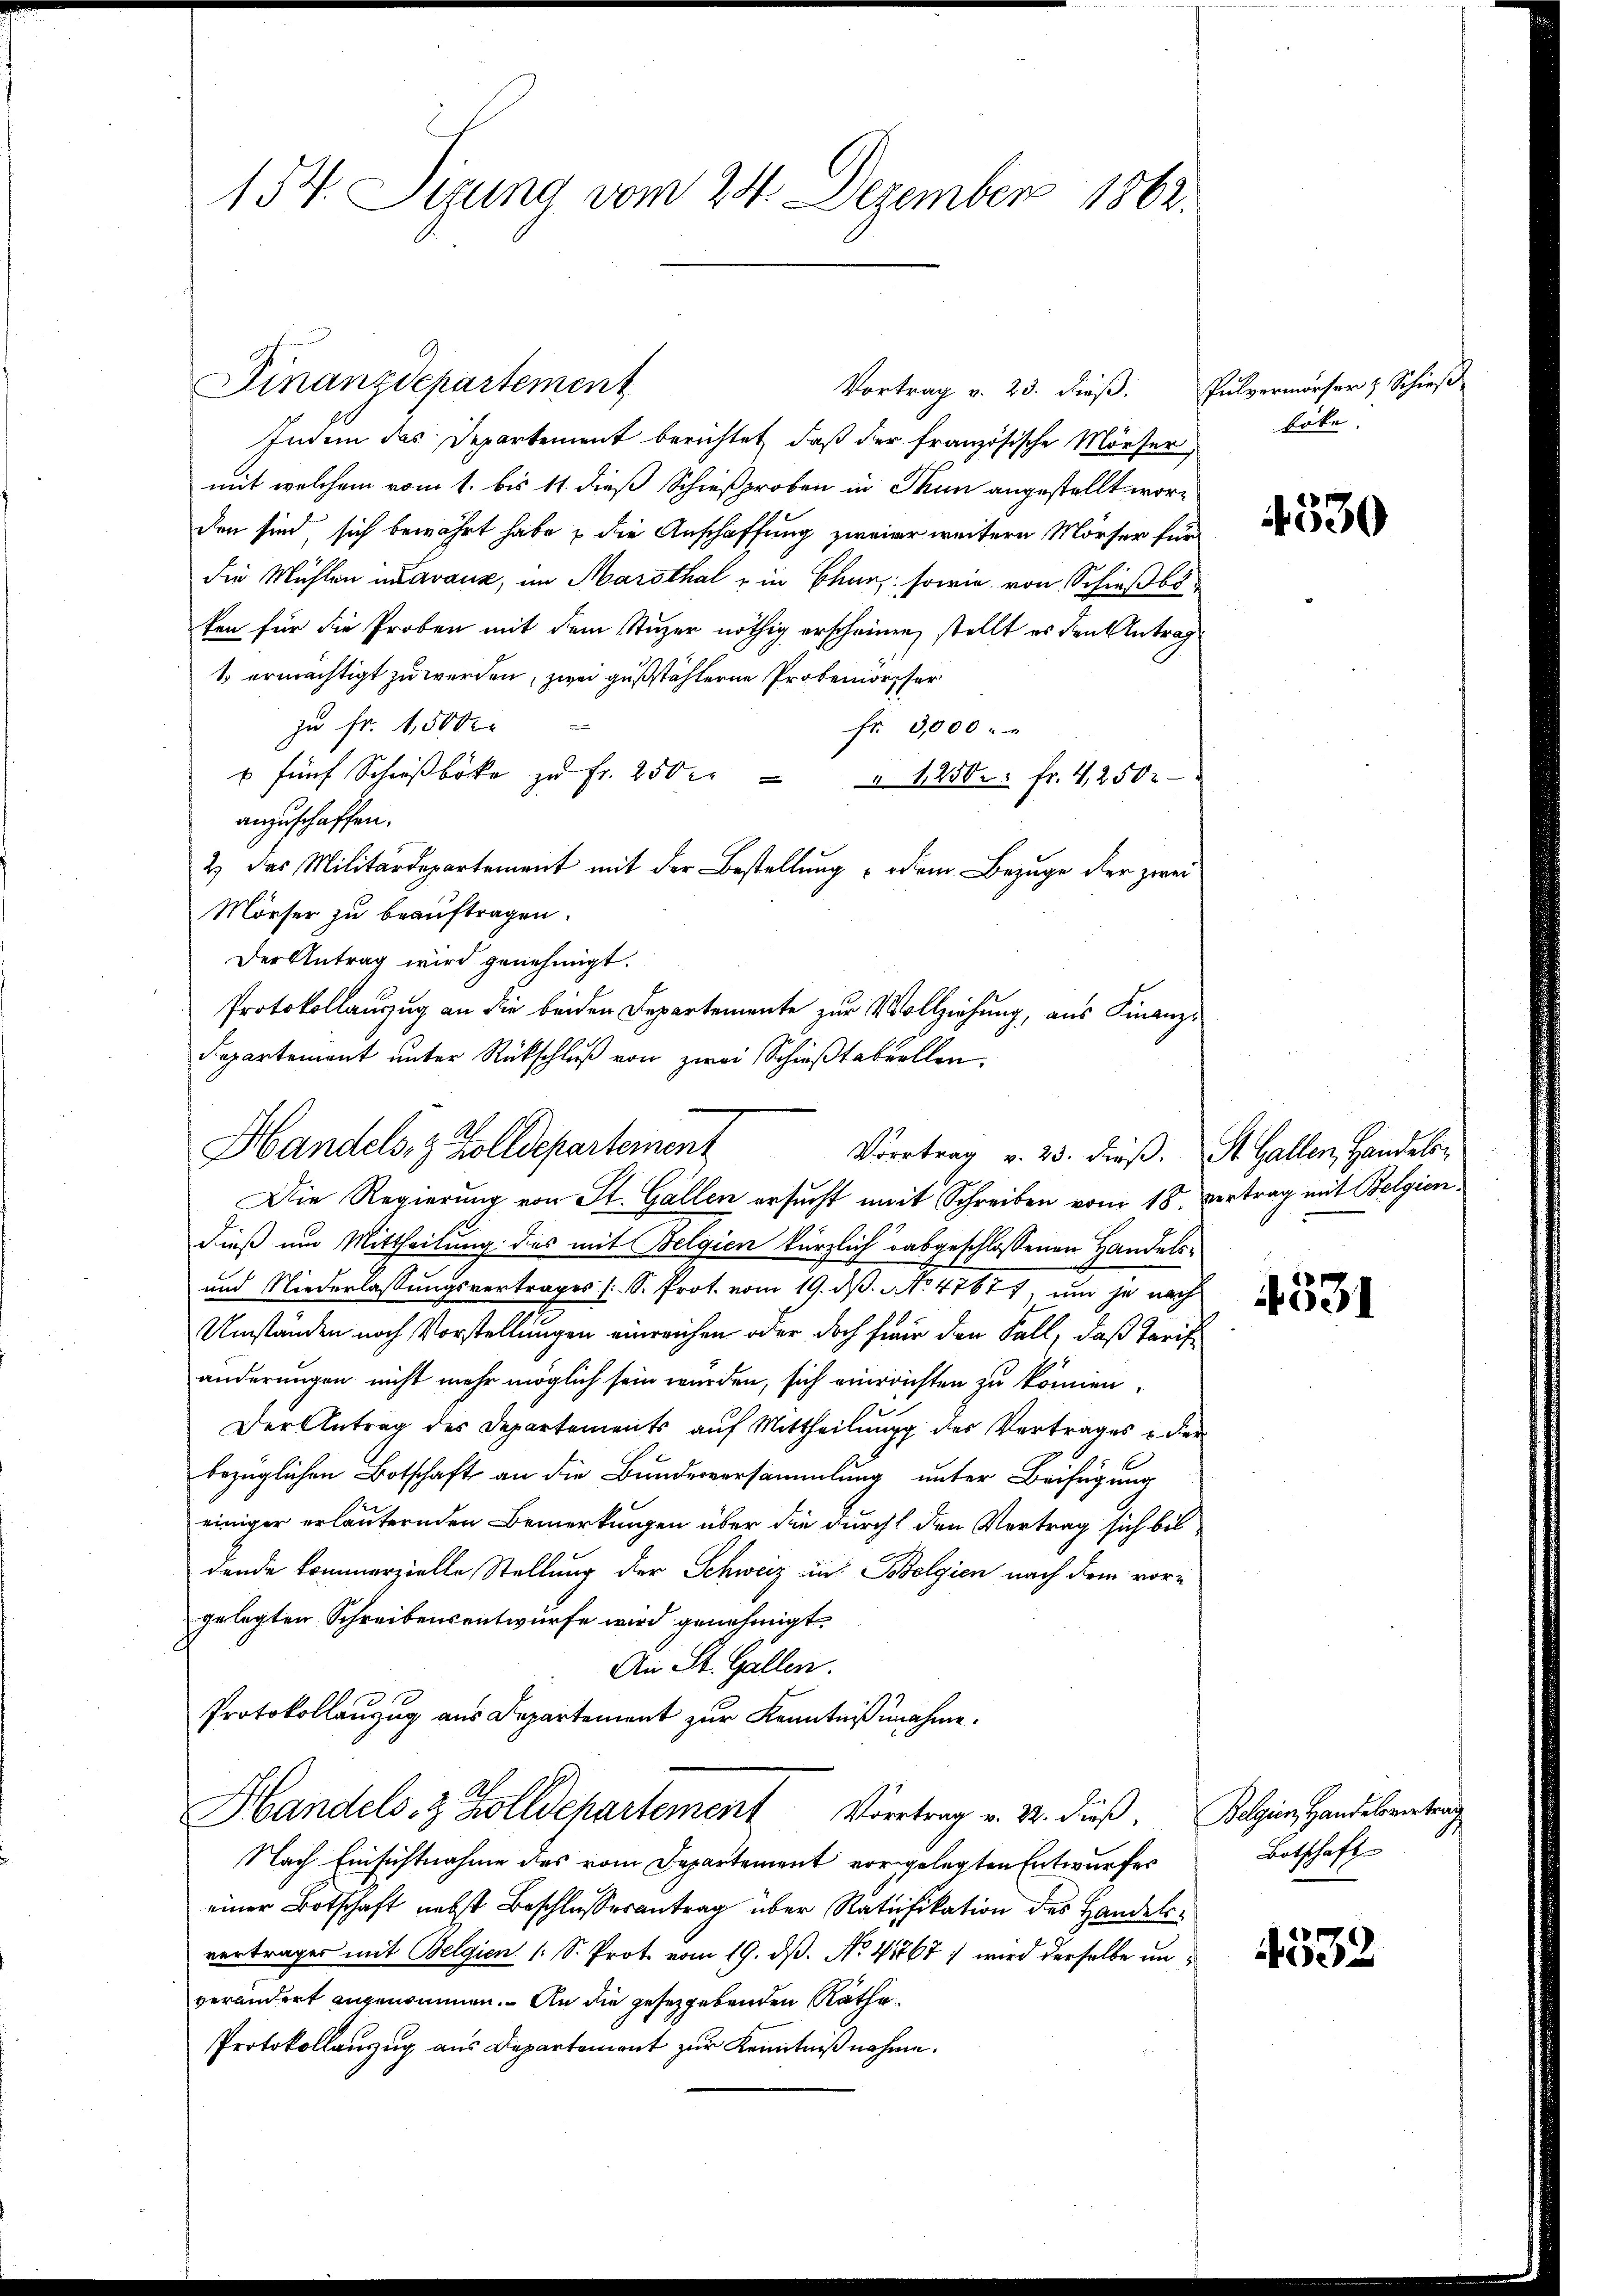
134. Sizung vom 24. Dezember 1862.

Vortrag v. 23. dieß: Pulvermörser & Schieβ-

Finanzdepartement
Indem das Departement berichtet, daß der französische Mörser tote.
mit welchem vom 1. bis 11. dieß Schießproben in Thun angestellt worden sind sich bewährt habe & die Anschaffung zweier weitern Mörser für
die Mühlen in avaux, im Marthal u in Char, sowie von Schießiken für die Proben mit dem Stuzer nöthig erscheinen, stellt es den Antrag
1 ermächtigt zu werden, zwei gußstählerne Probemorpher
zu Fr. 1,500
fr. 3,000.
u fünf Schieβboke zŭ fr. 250 er " " 1250 fr. 4,2502
anzuschaffen.
Die Regierung von St. Gallen ersucht mit Schreiben vom 18. Vertrag mit Belgien.
dieß um Mittheilung des mit Belgien kürzlich abgeschlossenen Handels¬
und Niederlassungsvertrages (S. Prot. vom 19. ds. No 47677, und je nach
Umständen nach Vorstellungen einreichen oder doch für den Fall, daß Tarifänderungen nicht mehr möglich sein würden, sich einreichten zu können.
Der Antrag des Departements auf Mittheilung des Vertrages u. der
bezüglichen Botschaft an die Bundesversammlung unter Beifügung
einiger erläuternden Bemerkungen über die durch den Vertrag sich bis
dende kommerzielle Stellung der Schweiz in Bolgien nach dem vorgelegten Schreibensentwürfe wird genehmigt.
An St. Gallen.
Protokollanzug aus Departement zur Kenntnißnahme.
Handels- & Zolldepartement Vertrag v. M. dieß. Polgien Handelantrag
Nach Einsichtnahme des vom Departement vorgelegten Entwurfes
einer Botschaft nebst Beschlussesantrag über Ratifikation des Handelsvertrages mit Belgien (: S. Prot. vom 19. dß. No. 41767 : wird derselbe unverändert angenommen. An die gesetzgebenden Räthe
Protokollanzug aus Departement zur Kenntnißnahme.

2) Das Militärdepartement mit der Bestellung dem Bezuge der zwei
Mörser zu beauftragen.
Der Antrag wird genehmigt.
Protokollauszug an die beiden Departemente zur Vollziehung, aus Finanz-
Departemont unter Rückschluß von zwei Schießtabuellen
Handels, z. Zolldepartement
Vortrag v. 25. dieß. St. Gallen, Handels¬

4530

4531

532

Botschaft